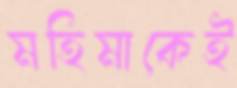
মহিমাকেই